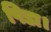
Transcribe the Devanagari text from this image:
पिडा।